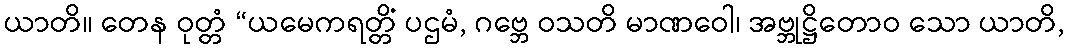
ယာတိ။ တေန ဝုတ္တံ “ယမေကရတ္တိံ ပဌမံ, ဂဗ္ဘေ ဝသတိ မာဏဝေါ၊ အဗ္ဘုဋ္ဌိတောဝ သော ယာတိ,